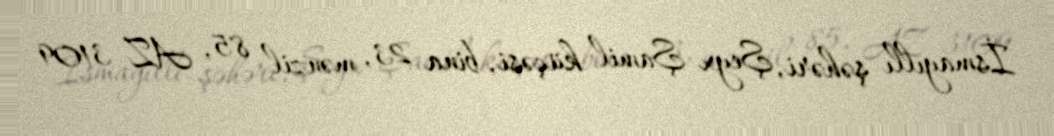
İsmayıllı şəhəri, Şeyx Şamil küçəsi, bina 23, mənzil 85, AZ 3109